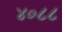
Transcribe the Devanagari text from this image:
४०८८